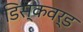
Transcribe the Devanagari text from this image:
डिस्कवर्ड